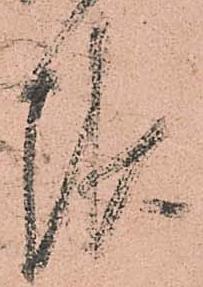
報